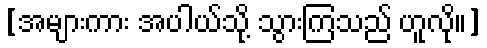
[အများကား အပါယ်သို့ သွားကြသည် ဟူလို။]